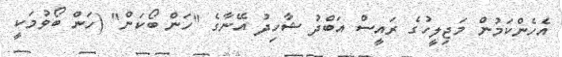
އެހެންކަމުން މަޖިލީހުގެ ރައީސް އަބްދު ޝާހިދު އޭނާގެ "ހަން ބޯކަން" (ހަން ބޯވުމަކީ